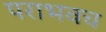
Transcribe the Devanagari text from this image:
पराभवच